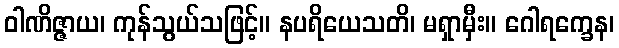
ဝါဏိဇ္ဇာယ၊ ကုန်သွယ်သဖြင့်။ နပရိယေသတိ၊ မရှာမှီး။ ဂေါရက္ခေန၊